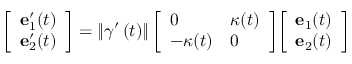
{ \left[ \begin{array} { l } { \mathbf { e } _ { 1 } ^ { \prime } ( t ) } \\ { \mathbf { e } _ { 2 } ^ { \prime } ( t ) } \end{array} \right] } = \left\Vert \gamma ^ { \prime } \left( t \right) \right\Vert { \left[ \begin{array} { l l } { 0 } & { \kappa ( t ) } \\ { - \kappa ( t ) } & { 0 } \end{array} \right] } { \left[ \begin{array} { l } { \mathbf { e } _ { 1 } ( t ) } \\ { \mathbf { e } _ { 2 } ( t ) } \end{array} \right] }